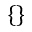
\{ \}